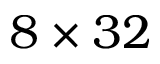
8 \times 3 2